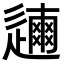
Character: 𨗃